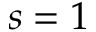
s = 1